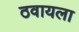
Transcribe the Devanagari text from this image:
ठवायला